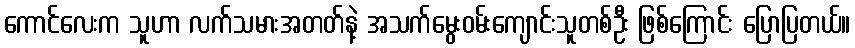
ကောင်လေးက သူဟာ လက်သမားအတတ်နဲ့ အသက်မွေးဝမ်းကျောင်းသူတစ်ဦး ဖြစ်ကြောင်း ပြောပြတယ်။